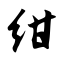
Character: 绀